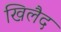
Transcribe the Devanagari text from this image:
खिलैद